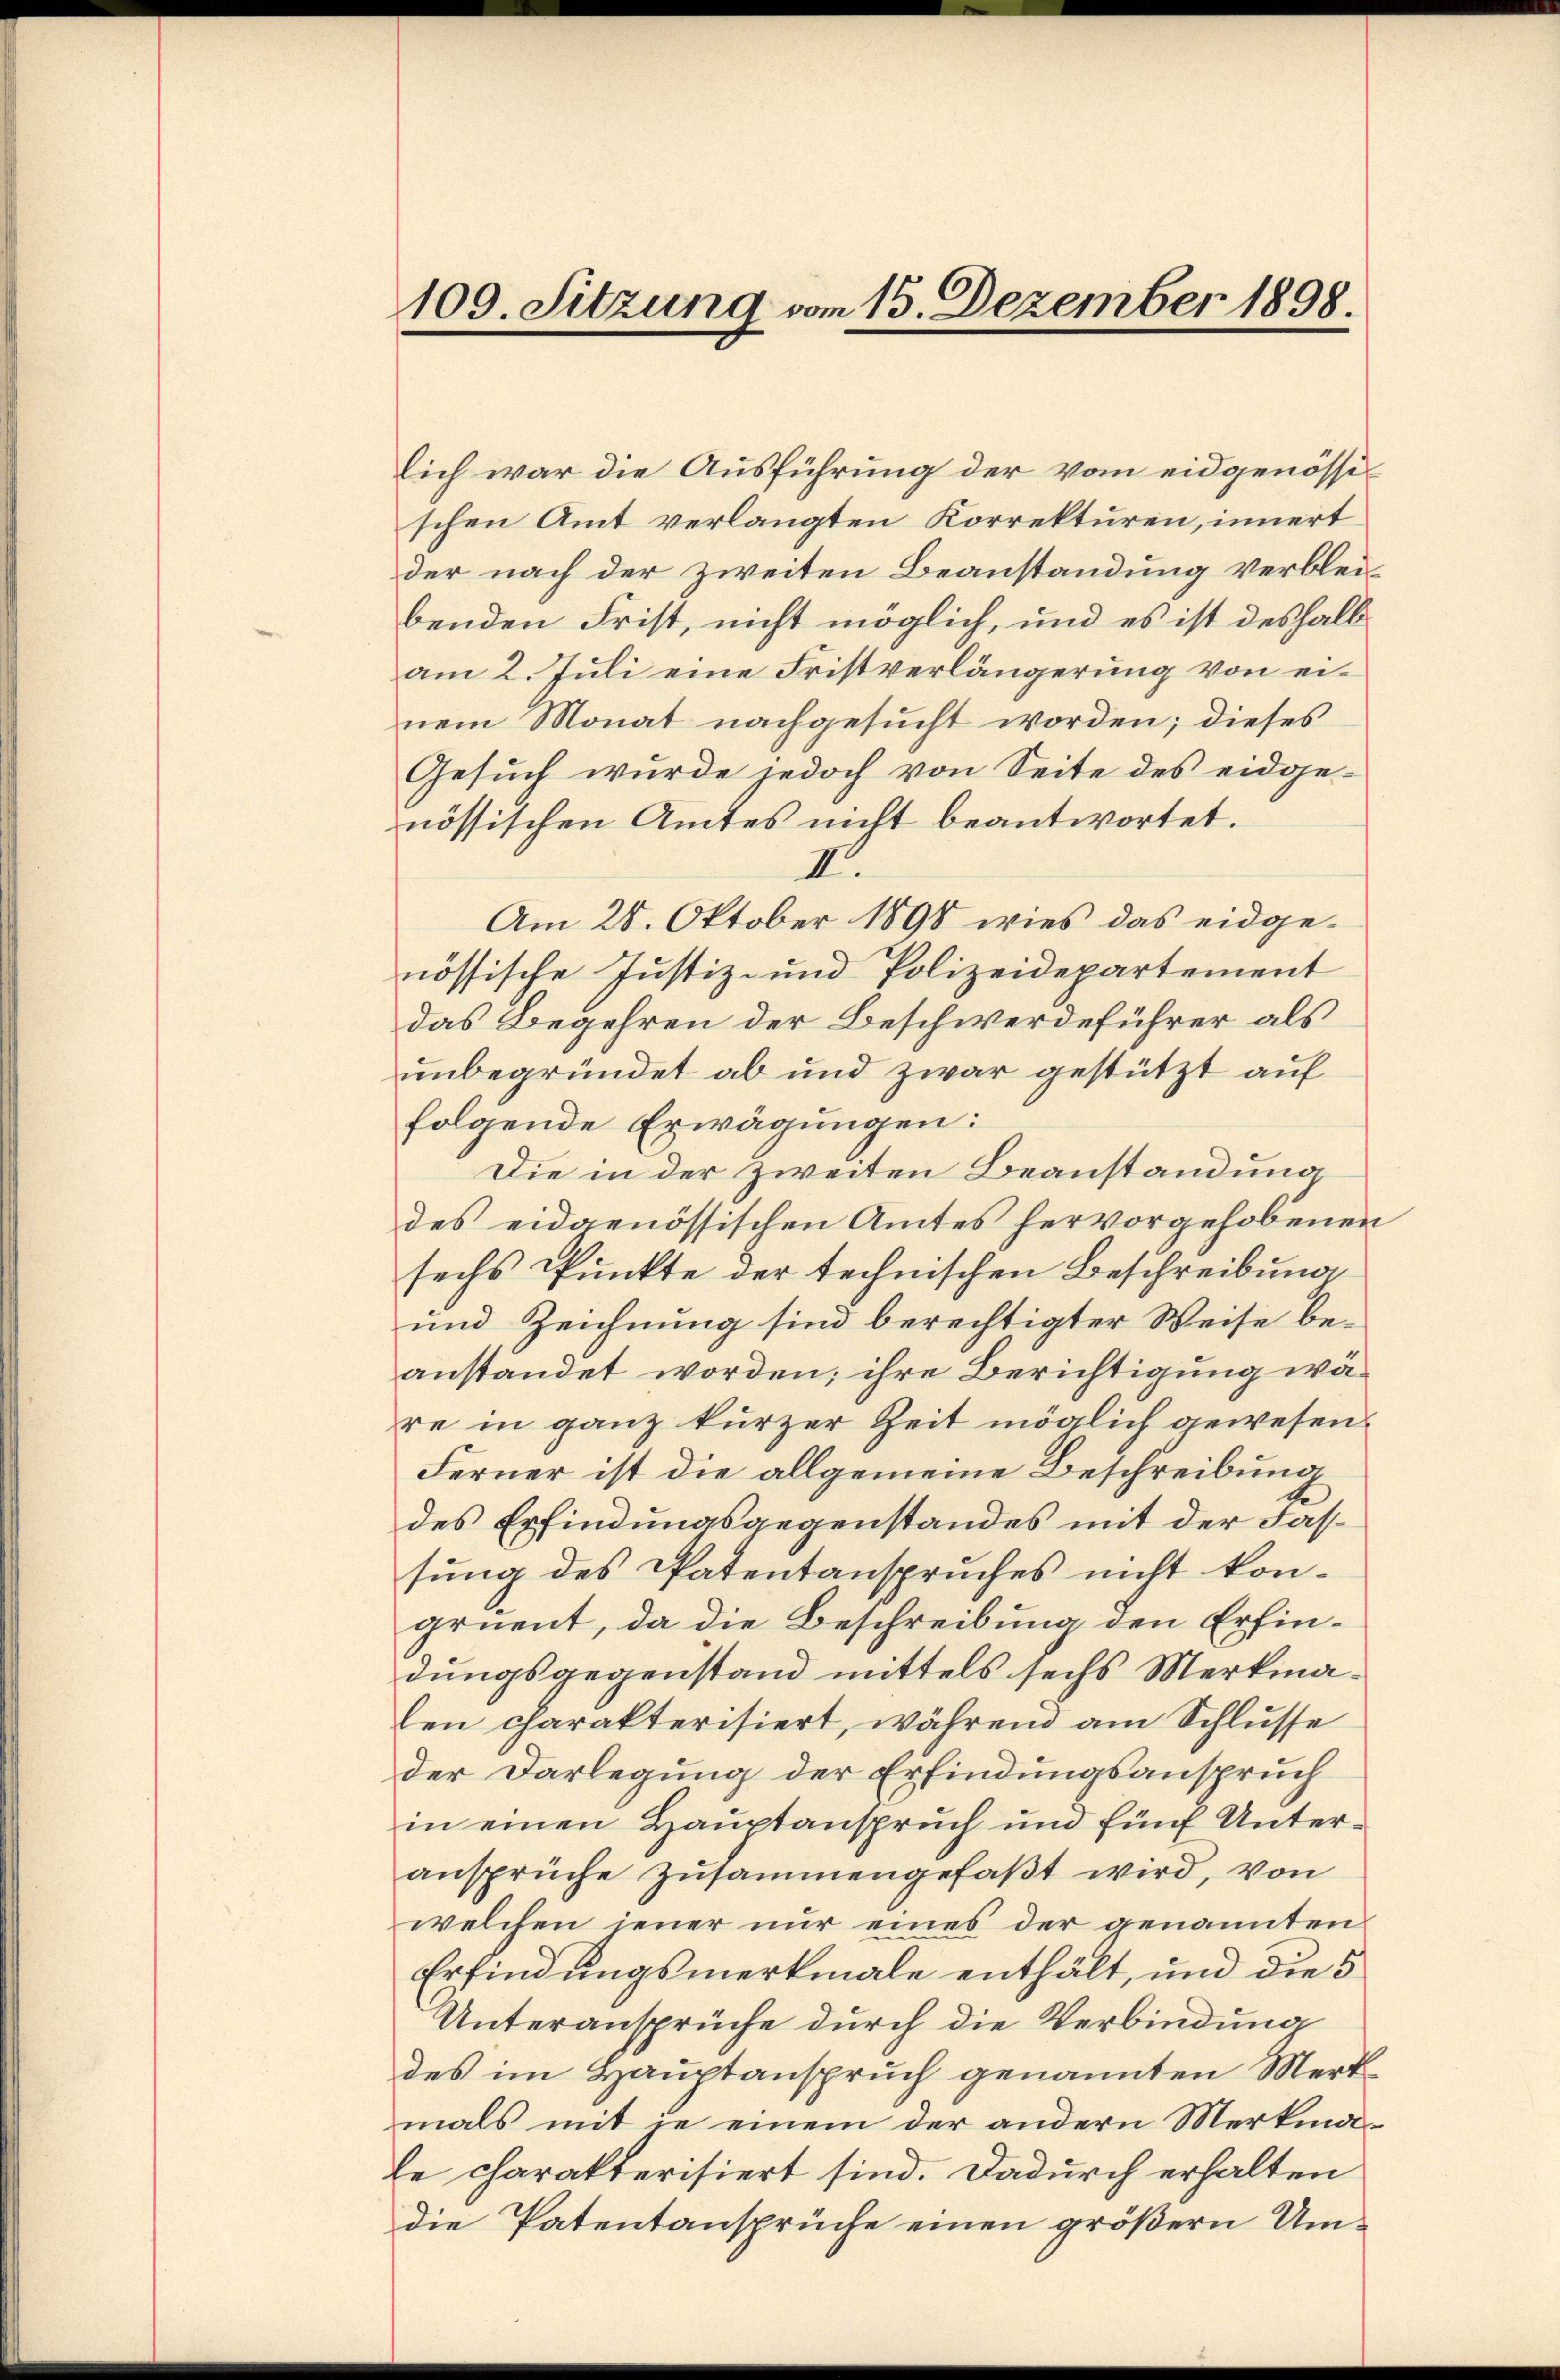
109. Sitzung vom 15. Dezember 1898.

lich war die Ausführung der vom eidgenössischen Amt verlangten Korrekturen, innert
der nach der zweiten Beanstandung verbleibenden Frist, nicht möglich, und es ist deshalb
am 2. Juli eine Fristverlängerung von einem Monat nachgesucht worden; dieses
Gesuch wurde jedoch von Seite des eidgenössischen Amtes nicht beantwortet.
II.
Am 28. Oktober 1898 wies das eidgenössische Justiz- und Polizeidepartement
das Begehren der Beschwerdeführer als
unbegründet ab und zwar gestützt auf
folgende Erwägungen:
Die in der zweiten Beanstandung
des eidgenössischen Amtes hervorgehobenen
sechs Punkte der technischen Beschreibung
und Zeichnung sind berechtigter Weise beanstandet worden; ihre Berichtigung wäre in ganz kurzer Zeit möglich gewesen.
Ferner ist die allgemeine Beschreibung
des Erfindungsgegenstandes mit der Fassung des Patentanspruches nicht kongruent, da die Beschreibung den Erfindungsgegenstand mittels sechs Merkmalen charakterisiert, während am Schlusse
der Darlegung der Erfindungsanspruch
in einen Hauptanspruch und fünf Unteransprüche zusammengefaßt wird, von
welchen jener nur eines der genannten
Erfindungsmerkmale enthält, und die 5
Unteransprüche durch die Verbindung
des im Hauptanspruch genannten Merkmals mit in einem der andern Merkmnale charakterisiert sind. Dadurch erhalten
die Patentansprüche einen größern Um¬